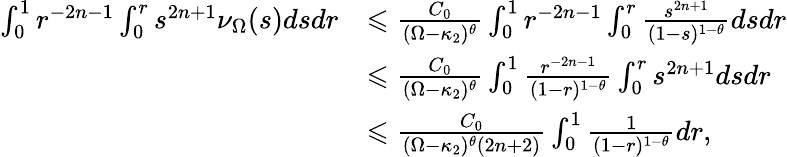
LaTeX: \begin{array}{rl}{\int_{0}^{1}r^{-2n-1}\int_{0}^{r}s^{2n+1}\nu_{\Omega}(s)dsdr}&{\leqslant\frac{C_{0}}{(\Omega-\kappa_{2})^{\theta}}\int_{0}^{1}r^{-2n-1}\int_{0}^{r}\frac{s^{2n+1}}{(1-s)^{1-\theta}}dsdr}\\ &{\leqslant\frac{C_{0}}{(\Omega-\kappa_{2})^{\theta}}\int_{0}^{1}\frac{r^{-2n-1}}{(1-r)^{1-\theta}}\int_{0}^{r}{s^{2n+1}}dsdr}\\ &{\leqslant\frac{C_{0}}{(\Omega-\kappa_{2})^{\theta}(2n+2)}\int_{0}^{1}\frac{1}{(1-r)^{1-\theta}}dr,}\end{array}